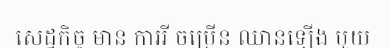
សេដ្ឋកិច្ច មាន ការរី ចម្រើន ឈានឡើង មួយ